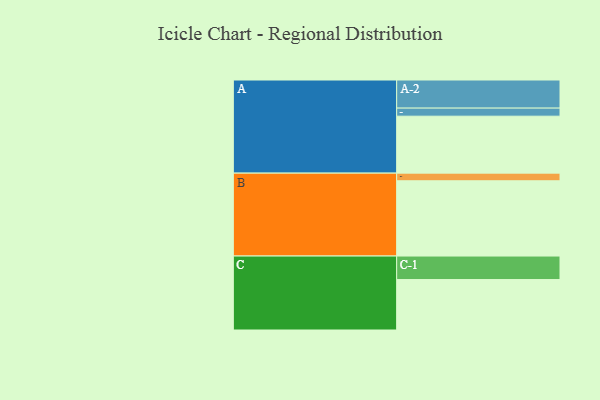
{"axis": {"x": "Segment", "y": "Value"}, "legend": ["", "A", "B", "C"], "data": [{"x": "A", "y": 395, "type": ""}, {"x": "B", "y": 522, "type": ""}, {"x": "C", "y": 350, "type": ""}, {"x": "A-1", "y": 56, "type": "A"}, {"x": "A-2", "y": 195, "type": "A"}, {"x": "B-1", "y": 53, "type": "B"}, {"x": "C-1", "y": 163, "type": "C"}]}